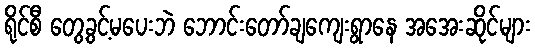
ရိုင်စီ တွေ့ခွင့်မပေးဘဲ ဘောင်းတော်ချကျေးရွာနေ အအေးဆိုင်များ